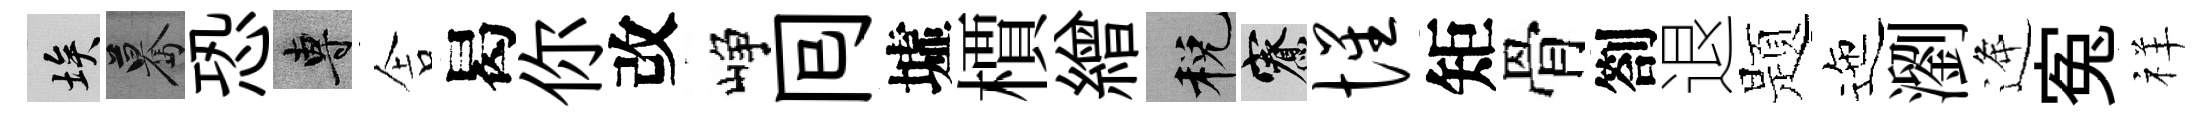
埃驀恐專舎曷你改峥囘墟檟繒税寮惺矩骨劄退题迤瀏逄寃祥